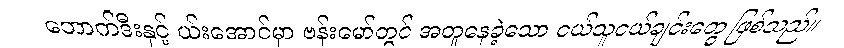
ဘောက်ဒီးနှင့် ယ်းအောင်မှာ ဗန်းမော်တွင် အတူနေခဲ့သော ငယ်သူငယ်ချင်းတွေ ဖြစ်သည်။